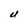
Character: U